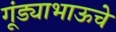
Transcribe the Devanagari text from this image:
गूंड्याभाऊचे